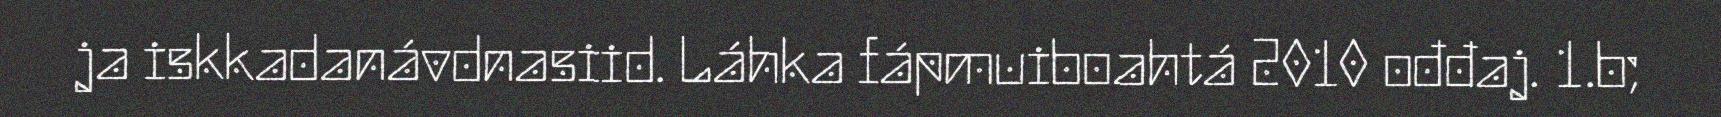
ja iskkadanávdnasiid. Láhka fápmuiboahtá 2010 ođđaj. 1.b;